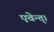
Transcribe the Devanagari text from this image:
एवेन्त्।